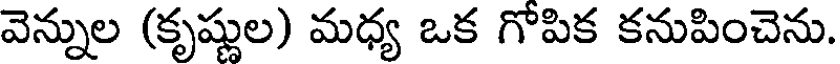
వెన్నుల (కృష్ణుల) మధ్య ఒక గోపిక కనుపించెను.